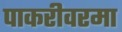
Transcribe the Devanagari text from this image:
पाकरीवरमा